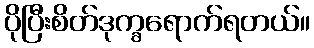
ပိုပြီးစိတ်ဒုက္ခရောက်ရတယ်။